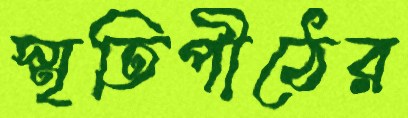
স্মৃতিপীঠের